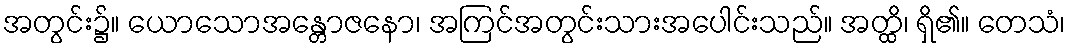
အတွင်း၌။ ယောသောအန္တောဇနော၊ အကြင်အတွင်းသားအပေါင်းသည်။ အတ္ထိ၊ ရှိ၏။ တေသံ၊